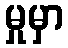
မှုမှာ